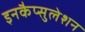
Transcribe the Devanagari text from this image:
इनकैप्सुलेशन